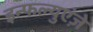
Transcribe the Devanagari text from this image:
इन्फल्युएंज़े